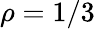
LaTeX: \rho=1/3